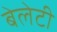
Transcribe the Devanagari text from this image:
बेलेटी